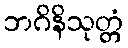
ဘဂိနိသုတ္တံ